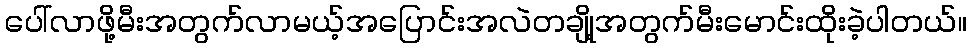
ပေါ်လာဖို့မီးအတွက်လာမယ့်အပြောင်းအလဲတချို့အတွက်မီးမောင်းထိုးခဲ့ပါတယ်။